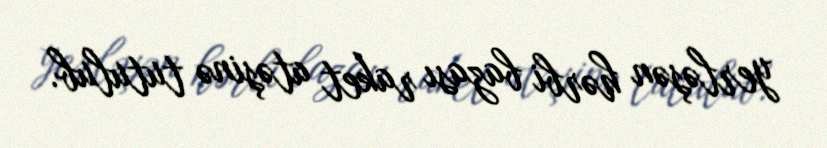
yerləşən hərbi bazası raket atəşinə tutulub.